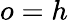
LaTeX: o=h